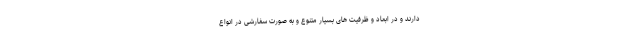
دارند و در ابعاد و ظرفیت های بسیار متنوع و به صورت سفارشی در انواع